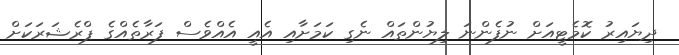
ދިޔައިރު ކޮމެޓީއަށް ނުފެންނަ ލިޔުންތައް ނެގި ކަމަށާއި އެއީ އެއްވެސް ފަރާތެއްގެ ޕްރެޝަރަކަށް